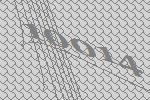
10014